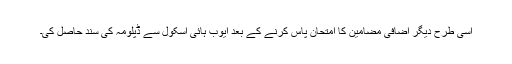
اسی طرح دیگر اضافی مضامین کا امتحان پاس کرنے کے بعد ایوب ہائی اسکول سے ڈپلومہ کی سند حاصل کی۔